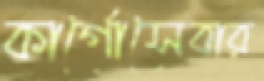
কার্গোসেবার